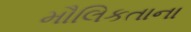
મૌલિકતાના